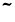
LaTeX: \tilde{~~}